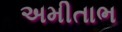
અમીતાભ